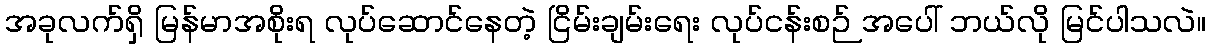
အခုလက်ရှိ မြန်မာအစိုးရ လုပ်ဆောင်နေတဲ့ ငြိမ်းချမ်းရေး လုပ်ငန်းစဉ် အပေါ် ဘယ်လို မြင်ပါသလဲ။